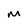
Character: M